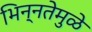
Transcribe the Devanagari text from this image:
भिन्‍नतेमुळे